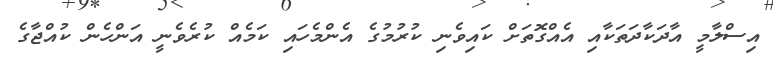
އިސްލާމީ އާދަކާދަތަކާއި އެއްގޮތަށް ކައިވެނި ކުރުމުގެ އެންމެހައި ކަމެއް ކުރެވެނީ އަންހެން ކުއްޖާގެ